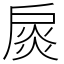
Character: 扊